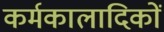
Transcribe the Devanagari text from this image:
कर्मकालादिकों